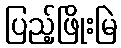
ပြည့်ဖြိုးမြဲ